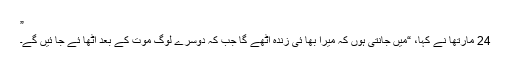
”
24 مارتھا نے کہا، “میں جانتی ہوں کہ میرا بھا ئی زندہ اٹھے گا جب کہ دوسرے لوگ موت کے بعد اٹھا ئے جا ئیں گے۔